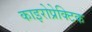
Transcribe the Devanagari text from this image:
काइरोप्रेक्टिक